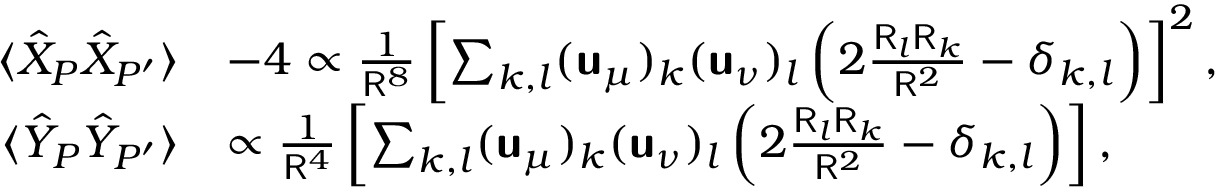
\begin{array} { r l } { \langle \hat { X } _ { P } \hat { X } _ { P ^ { \prime } } \rangle } & { - 4 \propto \frac { 1 } { \mathsf { R } ^ { 8 } } \left[ \sum _ { k , l } ( \boldsymbol { \mathsf { u } } _ { \mu } ) _ { k } ( \boldsymbol { \mathsf { u } } _ { \nu } ) _ { l } \left( 2 \frac { \mathsf { R } _ { l } \mathsf { R } _ { k } } { \mathsf { R } ^ { 2 } } - \delta _ { k , l } \right) \right] ^ { 2 } , } \\ { \langle \hat { Y } _ { P } \hat { Y } _ { P ^ { \prime } } \rangle } & { \propto \frac { 1 } { \mathsf { R } ^ { 4 } } \left[ \sum _ { k , l } ( \boldsymbol { \mathsf { u } } _ { \mu } ) _ { k } ( \boldsymbol { \mathsf { u } } _ { \nu } ) _ { l } \left( 2 \frac { \mathsf { R } _ { l } \mathsf { R } _ { k } } { \mathsf { R } ^ { 2 } } - \delta _ { k , l } \right) \right] , } \end{array}